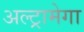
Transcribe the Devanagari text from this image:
अल्ट्रामेगा